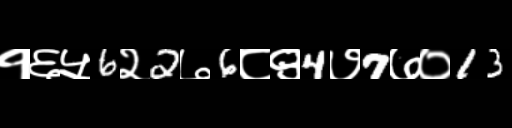
Text: १६५6२2७6८९4७7७०13